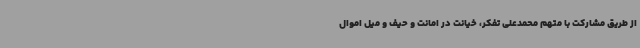
از طریق مشارکت با متهم محمدعلی تفکر، خیانت در امانت و حیف و میل اموال